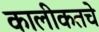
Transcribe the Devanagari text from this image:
कालीकतचे